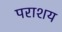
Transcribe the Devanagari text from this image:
पराशय